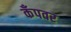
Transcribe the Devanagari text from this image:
कँपवर